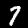
Label: 7